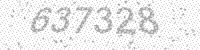
Solution: 637328